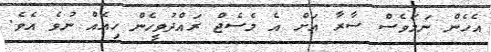
އެހެން ނަމަވެސް ސާރާ އަށް އެ މެސެޖް ރައްދުވީހެން ހިއެއް ނުވެ އެވެ.